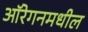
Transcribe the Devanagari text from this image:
ऑरेगनमधील